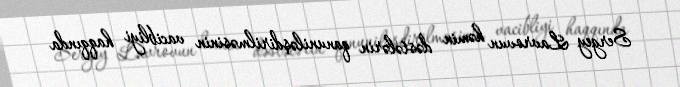
Sergey Lavrovun həmin dəstələrin qanuniləşdirilməsinin vacibliyi haqqında